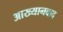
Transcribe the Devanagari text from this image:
आख्यानवाद